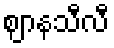
ဈာနသီလီ